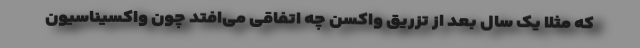
که مثلا یک سال بعد از تزریق واکسن چه اتفاقی می‌افتد چون واکسیناسیون